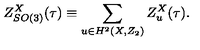
Z _ { S O ( 3 ) } ^ { X } ( \tau ) \equiv \sum _ { u \in H ^ { 2 } ( X , Z _ { 2 } ) } Z _ { u } ^ { X } ( \tau ) .